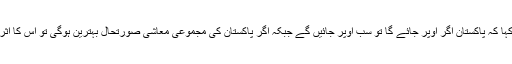
وزیر اطلاعات نے مزید کہا کہ پاکستان اگر اوپر جائے گا تو سب اوپر جائیں گے جبکہ اگر پاکستان کی مجموعی معاشی صورتحال بہترین ہوگی تو اس کا اثر اخبارات پر بھی پڑے گا۔